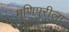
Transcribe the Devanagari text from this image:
मणिपुरीला